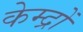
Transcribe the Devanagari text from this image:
केम्द्रों